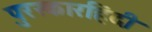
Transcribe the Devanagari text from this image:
पुरस्कारहिंदी